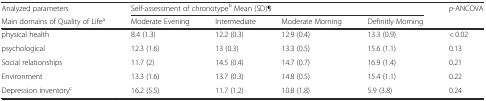
<table><thead><tr><td><b>Analyzed parameters</b></td><td colspan="4"><b>Self-assessment of chronotype<sup>b</sup> Mean (SD)¶</b></td><td rowspan="2"><b><i>p</i>-ANCOVA</b></td></tr><tr><td><b>Main domains of Quality of Life<sup>a</sup></b></td><td><b>Moderate Evening</b></td><td><b>Intermediate</b></td><td><b>Moderate Morning</b></td><td><b>Definitly Morning</b></td></tr></thead><tbody><tr><td>physical health</td><td>8.4 (1.3)</td><td>12.2 (0.3)</td><td>12.9 (0.4)</td><td>13.3 (0.9)</td><td>&lt; 0.02</td></tr><tr><td>psychological</td><td>12.3 (1.6)</td><td>13 (0.3)</td><td>13.3 (0.5)</td><td>15.6 (1.1)</td><td>0.13</td></tr><tr><td>Social relationships</td><td>11.7 (2)</td><td>14.5 (0.4)</td><td>14.7 (0.7)</td><td>16.9 (1.4)</td><td>0.21</td></tr><tr><td>Environment</td><td>13.3 (1.6)</td><td>13.7 (0.3)</td><td>14.8 (0.5)</td><td>15.4 (1.1)</td><td>0.22</td></tr><tr><td>Depression inventory<sup>c</sup></td><td>16.2 (5.5)</td><td>11.7 (1.2)</td><td>10.8 (1.8)</td><td>5.9 (3.8)</td><td>0.24</td></tr></tbody></table>